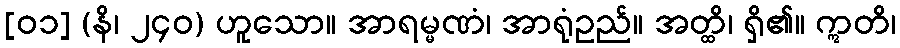
[၀၁] (နိ၊ ၂၄၀) ဟူသော။ အာရမ္မဏံ၊ အာရုံဥည်။ အတ္ထိ၊ ရှိ၏။ ဣတိ၊